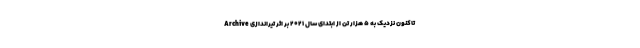
Archive تاکنون نزدیک به ۵ هزار تن از ابتدای سال ۲۰۲۱ بر اثر تیراندازی